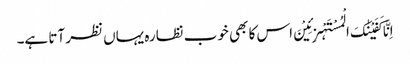
اِنَّا کَفَیْنٰکَ الْمُسْتَہْزِئِیْنَ اس کا بھی خوب نظارہ یہاں نظر آتا ہے۔